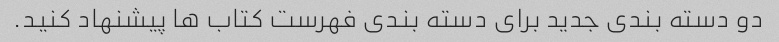
دو دسته بندی جدید برای دسته بندی فهرست کتاب ها پیشنهاد کنید.